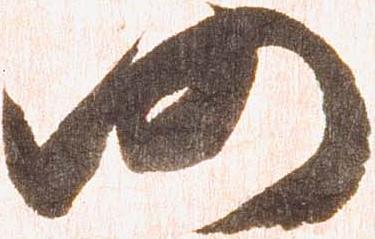
仍